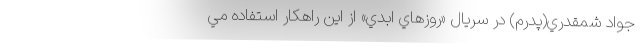
جواد شمقدري(پدرم) در سريال «روزهاي ابدي» از اين راهکار استفاده مي